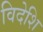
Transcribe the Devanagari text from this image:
विदेशि